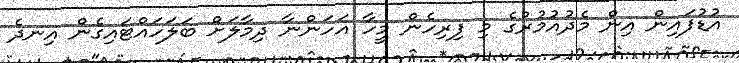
އުޑުފައިން އިން މެދުއުމުރުގެ މި ފިރިހެން މީހާ އަހަންނާ ދިމާލަށް ބަލަހައްޓައިގެން އިނދެ